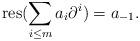
LaTeX: \begin{align*}\mathrm{res} ( \sum_{i \leq m} a_i \partial ^{i} ) = a_{-1} .\end{align*}